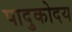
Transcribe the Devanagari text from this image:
पादुकोदय